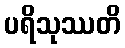
ပရိသုဿတိ